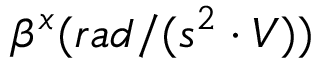
\beta ^ { x } ( r a d / ( s ^ { 2 } \cdot V ) )